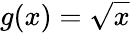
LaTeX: g(x)={\sqrt{x}}